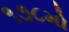
૧૭૮મો